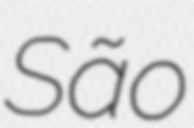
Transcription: São